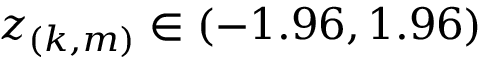
z _ { ( k , m ) } \in ( - 1 . 9 6 , 1 . 9 6 )